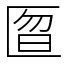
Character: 匫